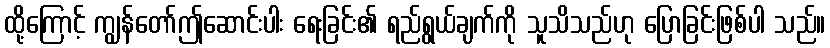
ထို့ကြောင့် ကျွန်တော်ဤဆောင်းပါး ရေးခြင်း၏ ရည်ရွယ်ချက်ကို သူသိသည်ဟု ပြောခြင်းဖြစ်ပါ သည်။